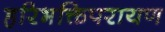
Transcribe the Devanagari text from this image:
हरिभक्तिपरायण